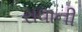
રાધાની